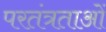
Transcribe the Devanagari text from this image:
परतंत्रताओं